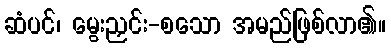
ဆံပင်၊ မွေးညှင်း-စသော အမည်ဖြစ်လာ၏။